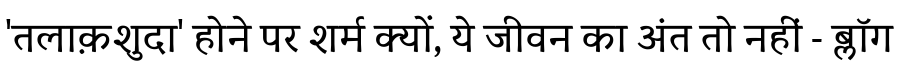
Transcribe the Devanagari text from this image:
'तलाक़शुदा' होने पर शर्म क्यों, ये जीवन का अंत तो नहीं - ब्लॉग